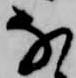
な